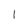
Character: l